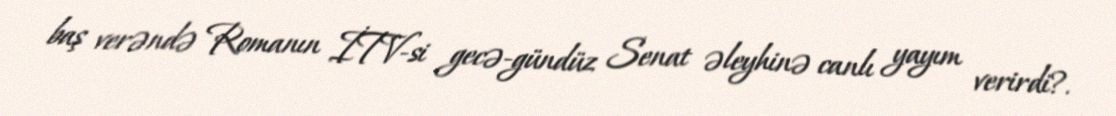
baş verəndə Romanın İTV-si gecə-gündüz Senat əleyhinə canlı yayım verirdi?.